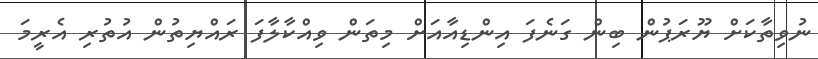
ނުވިތާކަށް ޔޫރަޕުން ބިން ގަނެފަ އިންޑިއާއަށް މިތަން ވިއްކާލާފަ ރައްޔިތުން އުތުރި އެރީމަ